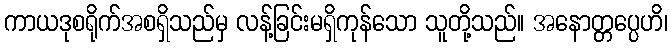
ကာယဒုစရိုက်အစရှိသည်မှ လန့်ခြင်းမရှိကုန်သော သူတို့သည်။ အနောတ္တပ္ပေဟိ၊